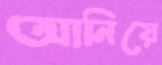
আনিয়ে